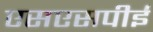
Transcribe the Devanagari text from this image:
एसएसपीई